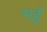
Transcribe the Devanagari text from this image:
भईं